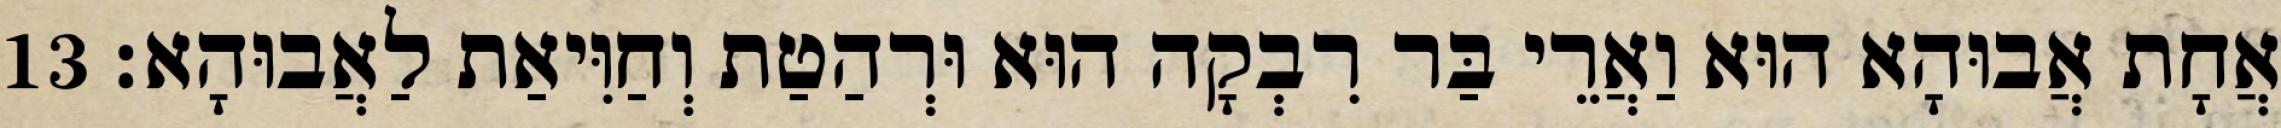
אֲחָת אֲבוּהָא הוּא וַאֲרֵי בַּר רִבְקָה הוּא וּרְהַטַת וְחַוִּיאַת לַאֲבוּהָא׃ 13